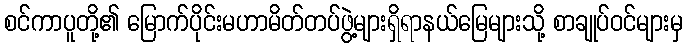
စင်ကာပူတို့၏ မြောက်ပိုင်းမဟာမိတ်တပ်ဖွဲ့များရှိရာနယ်မြေများသို့ စာချုပ်ဝင်များမှ